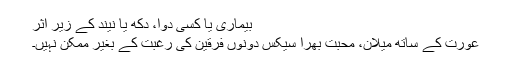
بیماری یا کسی دوا، دکھ یا نیند کے زیر اثر
عورت کے ساتھ میلان، محبّت بھرا سیکس دونوں فرقین کی رغبت کے بغیر ممکن نہیں۔